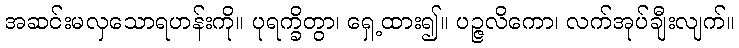
အဆင်းမလှသောရဟန်းကို။ ပုရက္ခိတွာ၊ ရှေ့ထား၍။ ပဉ္ဇလိကော၊ လက်အုပ်ချီးလျက်။